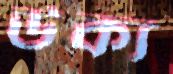
উক্য